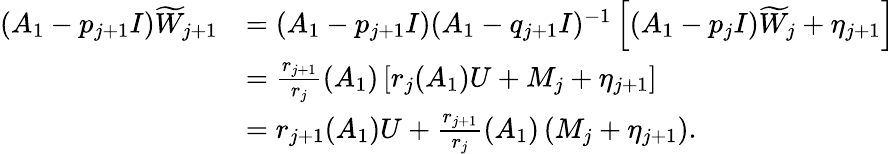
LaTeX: \begin{array}{rl}{(A_{1}-p_{j+1}I)\widetilde W_{j+1}}&{=(A_{1}-p_{j+1}I)(A_{1}-q_{j+1}I)^{-1}\left[(A_{1}-p_{j}I)\widetilde W_{j}+\eta_{j+1}\right]}\\ &{=\frac{r_{j+1}}{r_{j}}(A_{1})\left[r_{j}(A_{1})U+M_{j}+\eta_{j+1}\right]}\\ &{=r_{j+1}(A_{1})U+\frac{r_{j+1}}{r_{j}}(A_{1})\left(M_{j}+\eta_{j+1}\right).}\end{array}